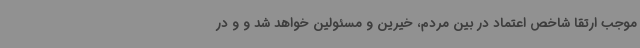
موجب ارتقا شاخص اعتماد در بین مردم، خیرین و مسئولین خواهد شد و و در